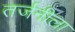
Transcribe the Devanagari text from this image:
तर्जनीला